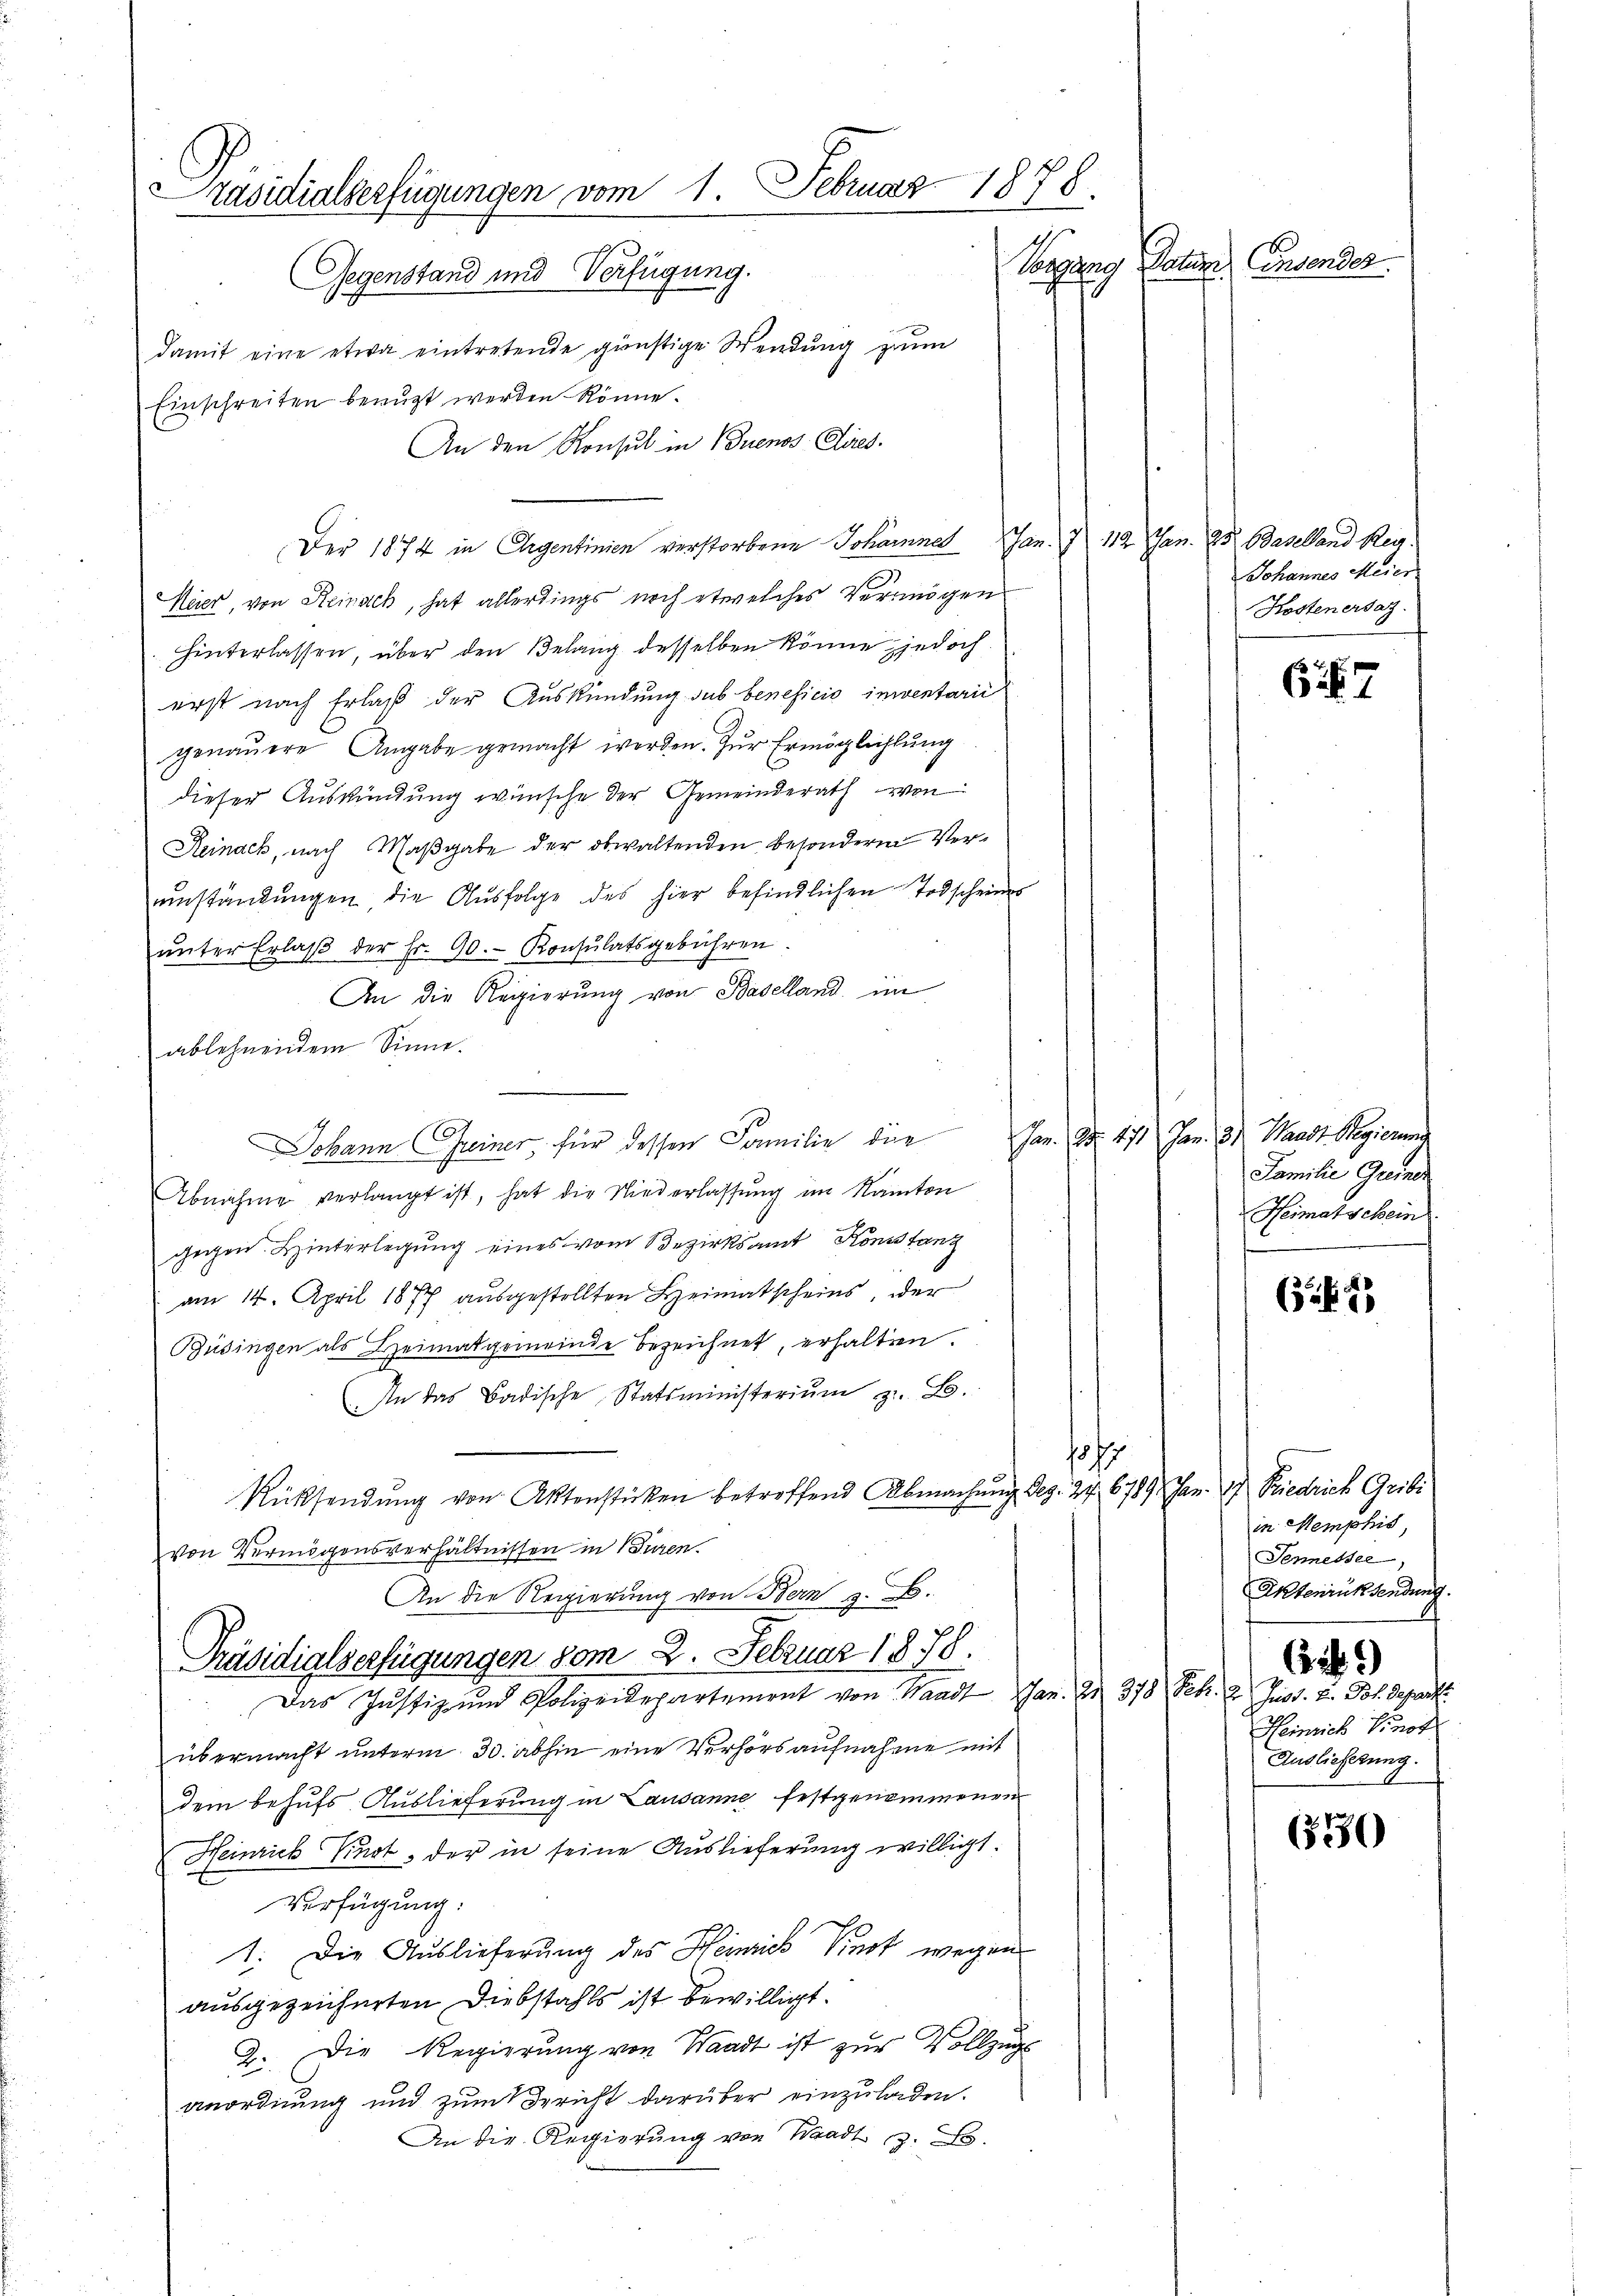
Präsidialserfügungen vom 1. Februar 1878.
Datum Consender
Saag
Gegenstand und Verfügung.

damit eine etwa eintretende günstige Wendung zum
Einschreiten berügt werden könne.
An den Konsul in Buenos Aires.
Der 1874 in Argentinien verstorbene Johannes an. 7 112
Heer, von Reinack, hat allerdings noch etwelches Vermögen
hinterlassen, über den Belang desselben könne jedoch
erst nach Erlaß der Auskündung sub beneficio inventarii
genauere Angabe gemacht werden. Zur Ermöglichtung
dieser Auskündung wünsche der Gemeinderath von
Reinack, nach Maßgabe der obwaltenden besonderen Verŭmständungen die Aŭsfolge des hier befindlichen Todscheines
ŭnter Erlaβ der Fr. 90. - Konsulatsgebühren
An die Regierung von Baselland im
ablehnendem Sinne.
Abnahme verlangt ist, hat die Niederlassung im Kanton
gegen Hinterlegung eines vom Bezirksamt Konstanz
am 14. April 1877 ausgestellten Heimatscheins, der
Büsingen als Heimatgemeinde bezeichnet, erhalten.
An das Badische Statsministeriŭm z. B.
hof
Rücksendung von Aktenstücken betreffend Abmachung Dez. 24. 6789.
von Vermögensverhältnissen in Büren.
An die Regierung von Bern z. B.
Präsidialverfügungen vom 2. Februar 1878.
Das Justiz und Polizeidepartement von Waadt, Jan. 2. 378 Febr. 2. Just. v. Jos. Depart.
übermacht unterm 30. abhin eine Verhörs aufnahme mit
dem behufs Auslieferung in Lausanne festgenommenen
Heinrick Kinot. der in seine Auslieferung willigt.
Verfügung:
1. Die Auslieferung des Heinrich Knot wegen
ausgezeichneten Diebstahls ist bewilligt.
2. Die Regierung von Waadt ist zur Vollzugs
anordnung und zum Bericht darüber einzuladen.
An die Regierung von Waadt z. B.

.
1
Johann Seiner, für dessen Familie die

Jan. 25. Baselland Reg
Johannes Meier
Kostenersatz.

67

Jan. Art. 471 Jan. 31. Waadt Regierung
Familie Greiner
Heimatschein

(12

Jan. 2. Friedrich Gribi
in Memphis,
Sennessel
Aktenrücksendung.
)
Heinrich Vinot
Auslieferung.

6.80